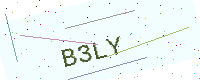
Text: B3LY